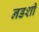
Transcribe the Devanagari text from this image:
नडशी